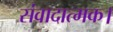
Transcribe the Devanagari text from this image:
संवादात्मक।